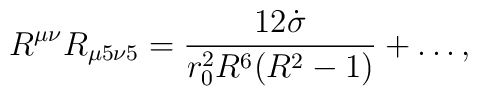
R^{\mu\nu} R_{\mu 5 \nu 5} = \frac{12 \dot{\sigma}}{r_0^2 R^6 (R^2-1)}+ \ldots,